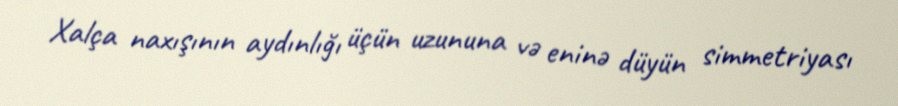
Xalça naxışının aydınlığı üçün uzununa və eninə düyün simmetriyası